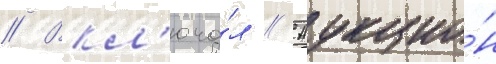
// Вкл'юча́л // Аукцио́н